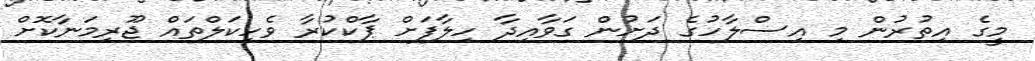
މީގެ އިތުރުން މި އިސްލާހުގެ ދަށުން ގަވާއިދާ ހިލާފަށް ޕާކްކުރާ ވެހިކަލްތައް ޖޫރިމަނާކޮށް